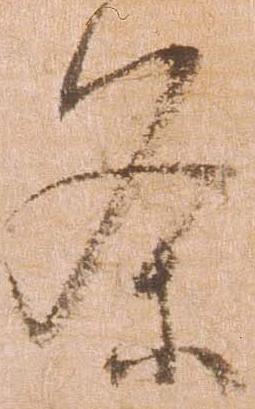
条